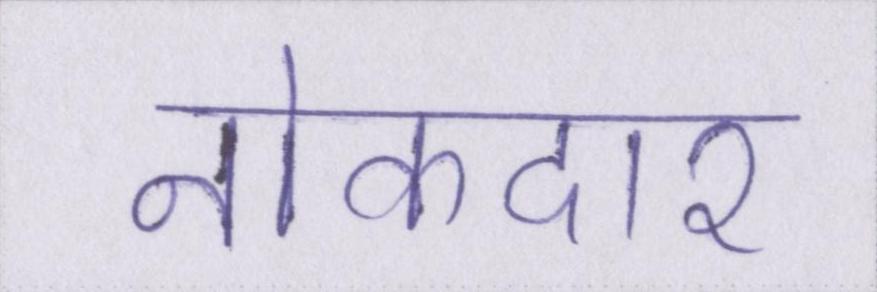
नोकदार